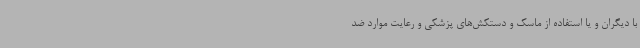
با دیگران و یا استفاده از ماسک و دستکش‌های پزشکی و رعایت موارد ضد